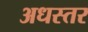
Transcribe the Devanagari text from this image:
अधस्तर